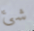
شئ